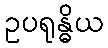
ဥပရုန္ဓိယ